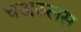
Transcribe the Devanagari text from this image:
चअरुलस